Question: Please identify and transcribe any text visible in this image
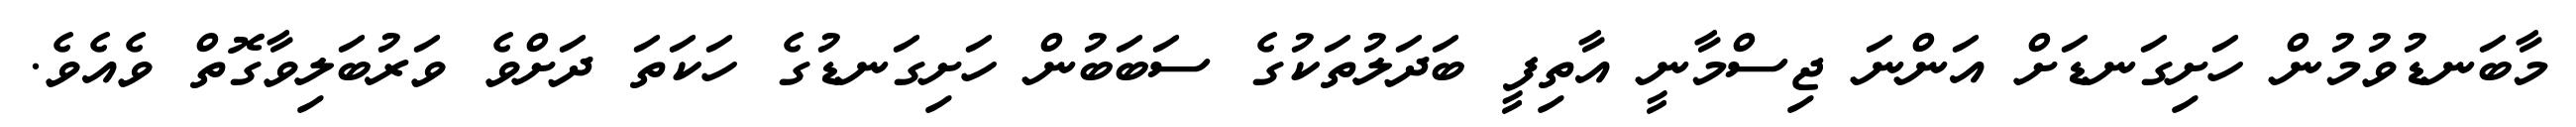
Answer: މާބަނޑުވުމުން ހަށިގަނޑަށް އަންނަ ޖިސްމާނީ އާތިފީ ބަދަލުތަކުގެ ސަބަބުން ހަށިގަނޑުގެ ހަކަތަ ދަށްވެ ވަރުބަލިވާގޮތް ވެއެވެ.